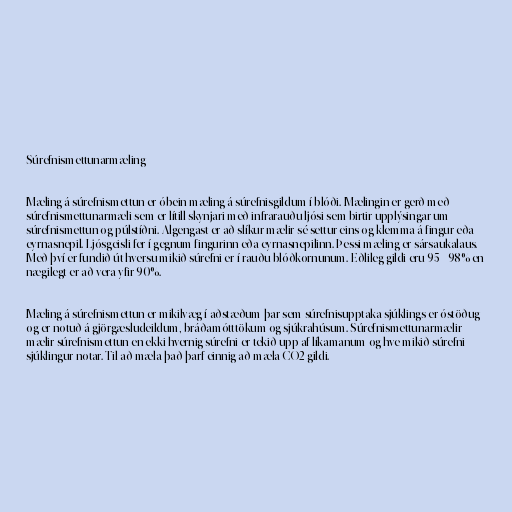
Súrefnismettunarmæling

Mæling á súrefnismettun er óbein mæling á súrefnisgildum í blóði. Mælingin er gerð með
súrefnismettunarmæli sem er lítill skynjari með infrarauðu ljósi sem birtir upplýsingar um
súrefnismettun og púlstíðni. Algengast er að slíkur mælir sé settur eins og klemma á fingur eða
eyrnasnepil. Ljósgeisli fer í gegnum fingurinn eða eyrnasnepilinn. Þessi mæling er sársaukalaus.
Með því er fundið út hversu mikið súrefni er í rauðu blóðkornunum. Eðlileg gildi eru 95 - 98% en
nægilegt er að vera yfir 90%.

Mæling á súrefnismettun er mikilvæg í aðstæðum þar sem súrefnisupptaka sjúklings er óstöðug
og er notuð á gjörgæsludeildum, bráðamótttökum og sjúkrahúsum. Súrefnismettunarmælir
mælir súrefnismettun en ekki hvernig súrefni er tekið upp af líkamanum og hve mikið súrefni
sjúklingur notar. Til að mæla það þarf einnig að mæla CO2 gildi.